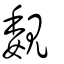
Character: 覣